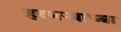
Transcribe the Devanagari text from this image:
हरभऱ्याच्या